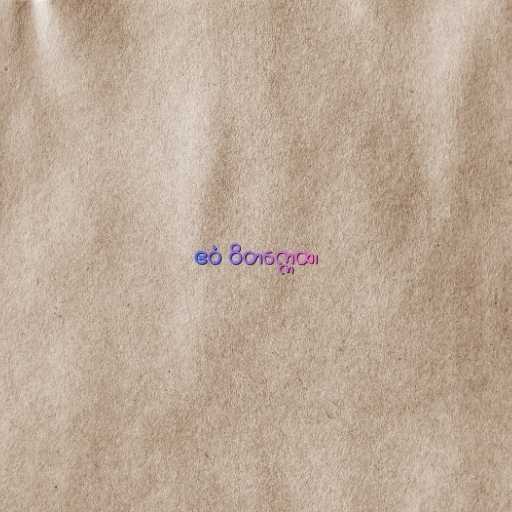
ဧဝံ ဝိတက္ကေထ၊